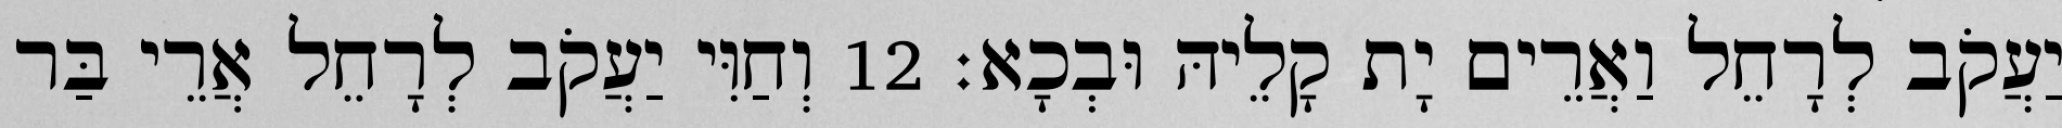
יַעֲקֹב לְרָחֵל וַאֲרֵים יָת קָלֵיהּ וּבְכָא׃ 12 וְחַוִּי יַעֲקֹב לְרָחֵל אֲרֵי בַּר